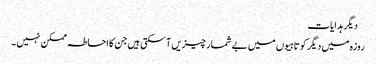
 دیگر ہدایات
روزہ میں دیگر کوتاہیوں میں بے شمار چیزیں آ سکتی ہیں جن کا احاطہ ممکن نہیں ۔